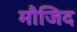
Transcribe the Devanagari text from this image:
मौजिद